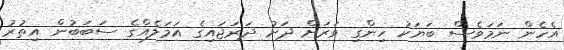
އެހެން ނަމަވެސް ބަޔަކު ހިންގި ވަރަށް ދަށު ދަރަޖައިގެ އަމަލެއްގެ ސަބަބުން އިތުރު